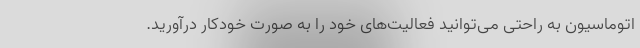
اتوماسیون به راحتی می‌توانید فعالیت‌های خود را به صورت خودکار درآورید.